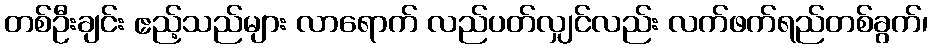
တစ်ဦးချင်း ဧည့်သည်များ လာရောက် လည်ပတ်လျှင်လည်း လက်ဖက်ရည်တစ်ခွက်၊